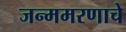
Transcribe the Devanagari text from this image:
जन्ममरणाचे